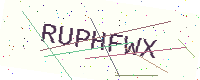
Text: RUPHFWX